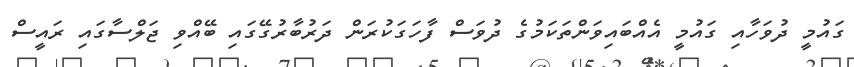
ގައުމީ ދުވަހާއި ގައުމީ އެއްބައިވަންތަކަމުގެ ދުވަސް ފާހަގަކުރަން ދަރުބާރުގޭގައި ބޭއްވި ޖަލްސާގައި ރައީސް